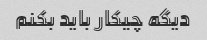
دیگه چیکار باید بکنم